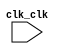

module vga (
	clk_clk);	

	input		clk_clk;
endmodule